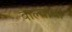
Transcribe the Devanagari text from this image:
बाल्यांचा